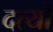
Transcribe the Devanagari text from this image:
दत्यों